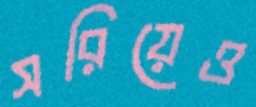
সরিয়েও